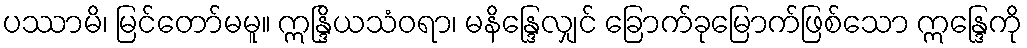
ပဿာမိ၊ မြင်တော်မမူ။ ဣန္ဒြိယသံဝရာ၊ မနိန္ဒြေလျှင် ခြောက်ခုမြောက်ဖြစ်သော ဣန္ဒြေကို